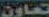
تعاون